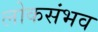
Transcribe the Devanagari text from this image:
लोकसंभव